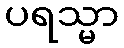
ပရသ္မာ